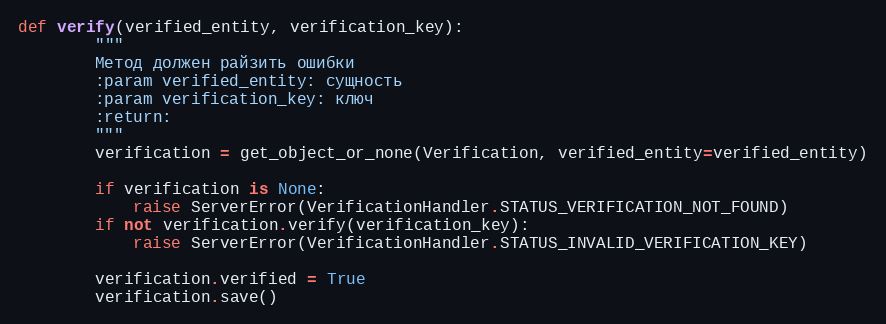
Language: Python
def verify(verified_entity, verification_key):
        """
        Метод должен райзить ошибки
        :param verified_entity: сущность
        :param verification_key: ключ
        :return:
        """
        verification = get_object_or_none(Verification, verified_entity=verified_entity)

        if verification is None:
            raise ServerError(VerificationHandler.STATUS_VERIFICATION_NOT_FOUND)
        if not verification.verify(verification_key):
            raise ServerError(VerificationHandler.STATUS_INVALID_VERIFICATION_KEY)

        verification.verified = True
        verification.save()